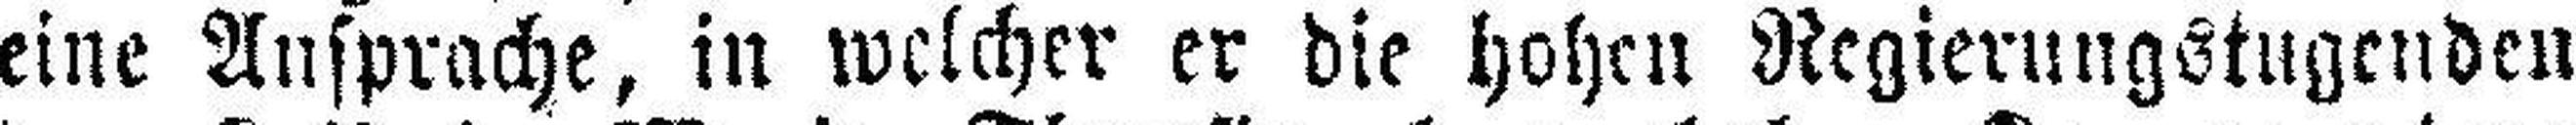
eine Ansprache, in welcher er die hohen Regierungstugenden